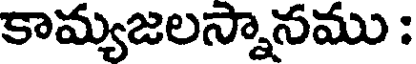
కామ్యజలస్నానము :